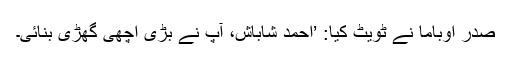
صدر اوباما نے ٹویٹ کیا: ’احمد شاباش، آپ نے بڑی اچھی گھڑی بنائی۔